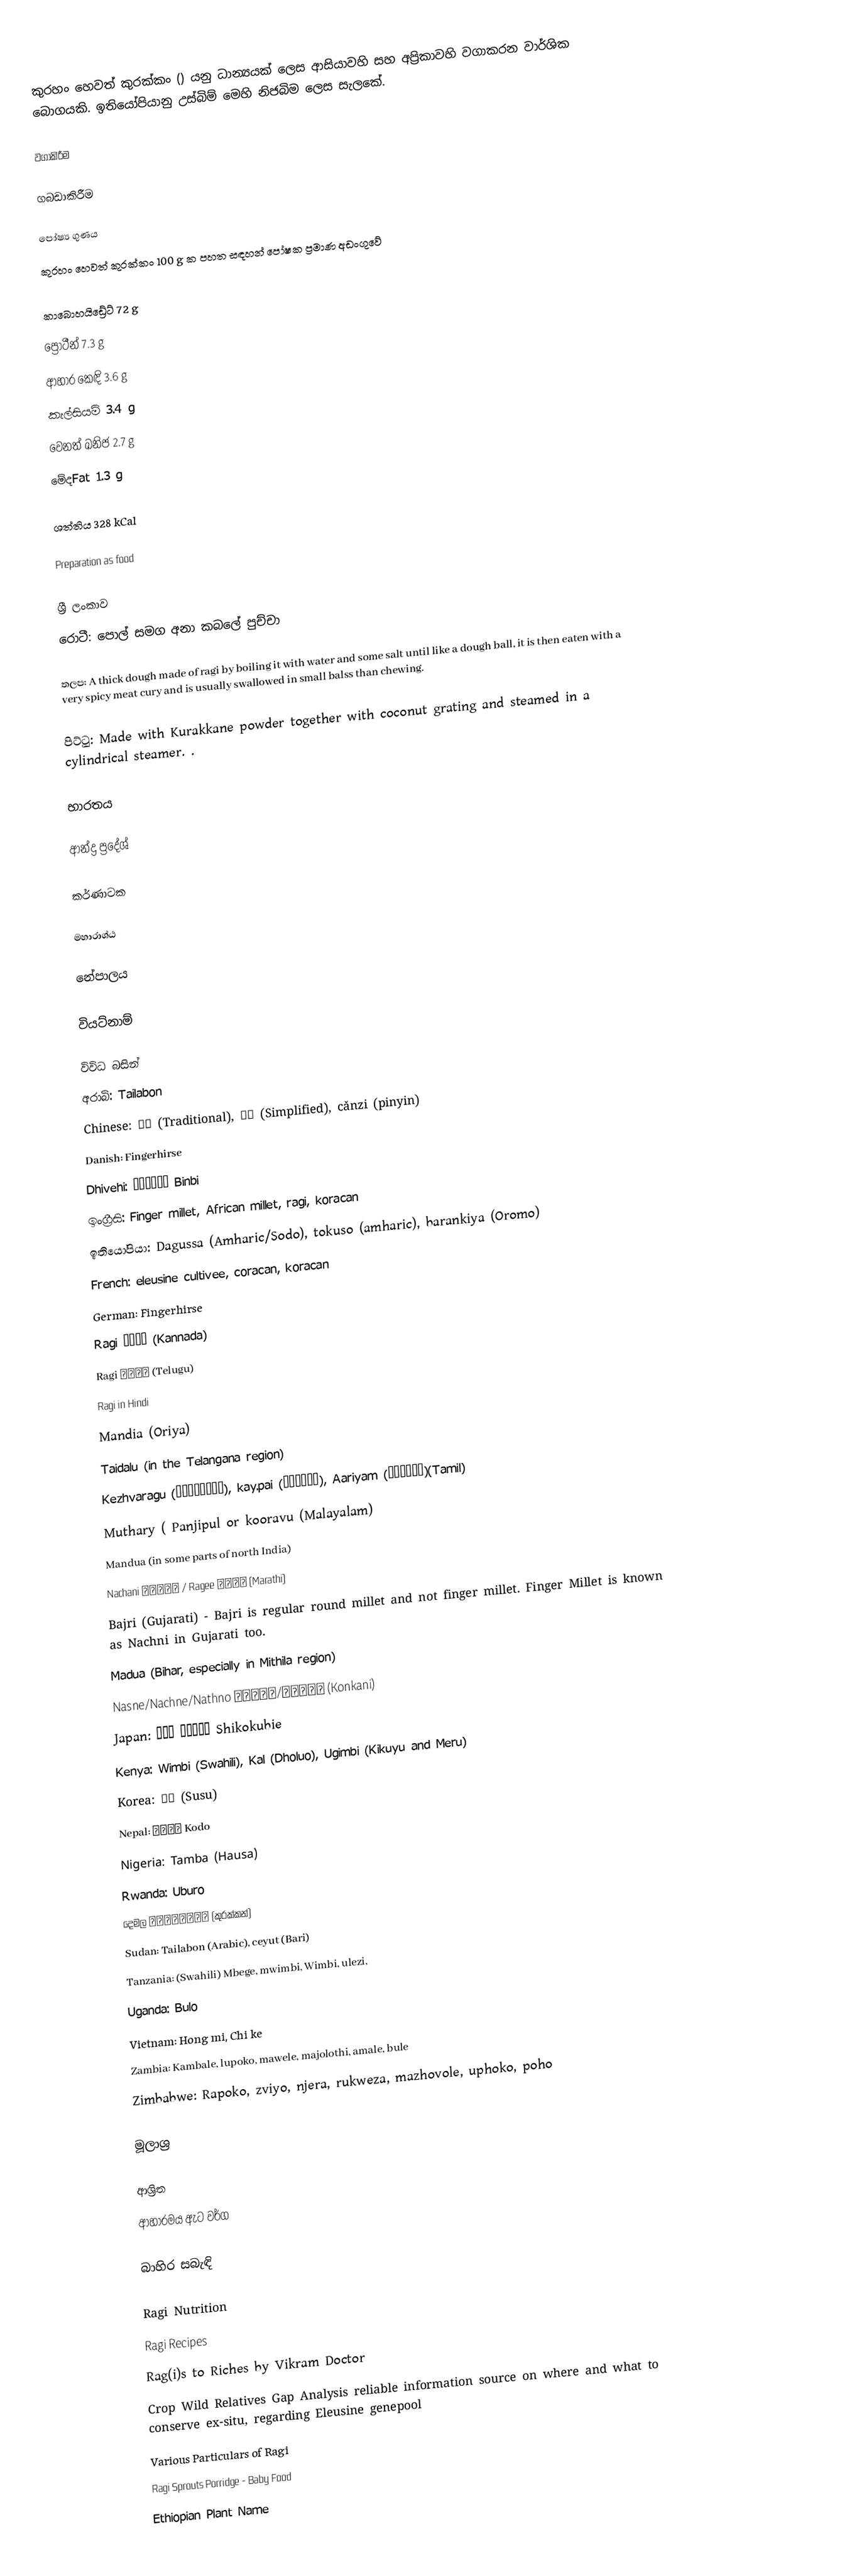
කුරහං හෙවත් කුරක්කං () යනු ධාන්‍යයක් ලෙස  ආසියාවහි සහ අප්‍රිකාවහි වගාකරන වාර්ශික බොගයකි. ඉතියෝපියානු උස්බිම් මෙහි නිජබිම ලෙස සැලකේ.

වගාකිරීම

ගබඩාකිරීම

පෝෂ්‍ය ගුණය
කුරහං හෙවත් කුරක්කං 100 g ක පහත සඳහන් පෝෂක ප්‍රමාණ අඩංගුවේ

 කාබොහයිඩ්‍රේට්  72 g
 ප්‍රෝටීන් 7.3 g
 ආහාර කෙඳි 3.6 g
 කැල්සියම් 3.4 g
 වෙනත් ඛනිජ  2.7 g
 මේදFat 1.3 g

 ශත්තිය 328 kCal

Preparation as food

ශ්‍රී ලංකාව
රොටී: පොල් සමග අනා කබලේ පුච්චා

තලප: A thick dough made of ragi by boiling it with water and some salt until like a dough ball, it is then eaten with a very spicy meat cury and is usually swallowed in small balss than chewing.

පිට්ටු: Made with Kurakkane powder together with coconut grating and steamed in a cylindrical steamer. .

භාරතය

ආන්ද්‍ර ප්‍රදේශ්

කර්ණාටක

මහාරාශ්ඨ

නේපාලය

වියට්නාම්

විවිධ බසින්
 අරාබි: Tailabon
 Chinese: 穇子 (Traditional), 䅟子 (Simplified), cǎnzi (pinyin)
 Danish: Fingerhirse
 Dhivehi:  ބިންބި Binbi
 ඉංග්‍රීසි:  Finger millet, African millet, ragi, koracan
 ඉතියෝපියා: Dagussa (Amharic/Sodo), tokuso (amharic), barankiya (Oromo)
 French: eleusine cultivee, coracan, koracan
 German: Fingerhirse
 Ragi ರಾಗಿ (Kannada)
 Ragi రాగి (Telugu)
 Ragi in Hindi
 Mandia (Oriya)
 Taidalu (in the Telangana region)
 Kezhvaragu (கேழ்வரகு), kay.pai (கேப்பை), Aariyam (ஆரியம்)(Tamil)
 Muthary ( Panjipul  or kooravu (Malayalam)
 Mandua (in some parts of north India)
 Nachani नाचणी / Ragee रागी (Marathi)
 Bajri (Gujarati) - Bajri is regular round millet and not finger millet. Finger Millet is known as Nachni in Gujarati too.
 Madua (Bihar, especially in Mithila region)
 Nasne/Nachne/Nathno नासणे/नाचणे (Konkani)
 Japan: 四国稗 シコクビエ Shikokubie
 Kenya: Wimbi (Swahili), Kal (Dholuo), Ugimbi (Kikuyu and Meru)
 Korea: 수수 (Susu)
 Nepal: कोदो Kodo
 Nigeria: Tamba (Hausa)
 Rwanda: Uburo
 දෙමල  குரக்கன் (කුරක්කන්)
 Sudan: Tailabon (Arabic), ceyut (Bari)
 Tanzania: (Swahili) Mbege, mwimbi, Wimbi, ulezi,
 Uganda: Bulo
 Vietnam: Hong mi, Chi ke
 Zambia: Kambale, lupoko, mawele, majolothi, amale, bule
 Zimbabwe: Rapoko, zviyo, njera, rukweza, mazhovole, uphoko, poho

මූලාශ්‍ර

ආශ්‍රිත
 ආහාරමය ඇට වර්ග

බාහිර සබැඳි

 Ragi Nutrition
 Ragi Recipes
Rag(i)s to Riches by Vikram Doctor
Crop Wild Relatives Gap Analysis reliable information source on where and what to conserve ex-situ, regarding Eleusine genepool
  Various Particulars of Ragi
 Ragi Sprouts Porridge -  Baby Food
 Ethiopian Plant Name